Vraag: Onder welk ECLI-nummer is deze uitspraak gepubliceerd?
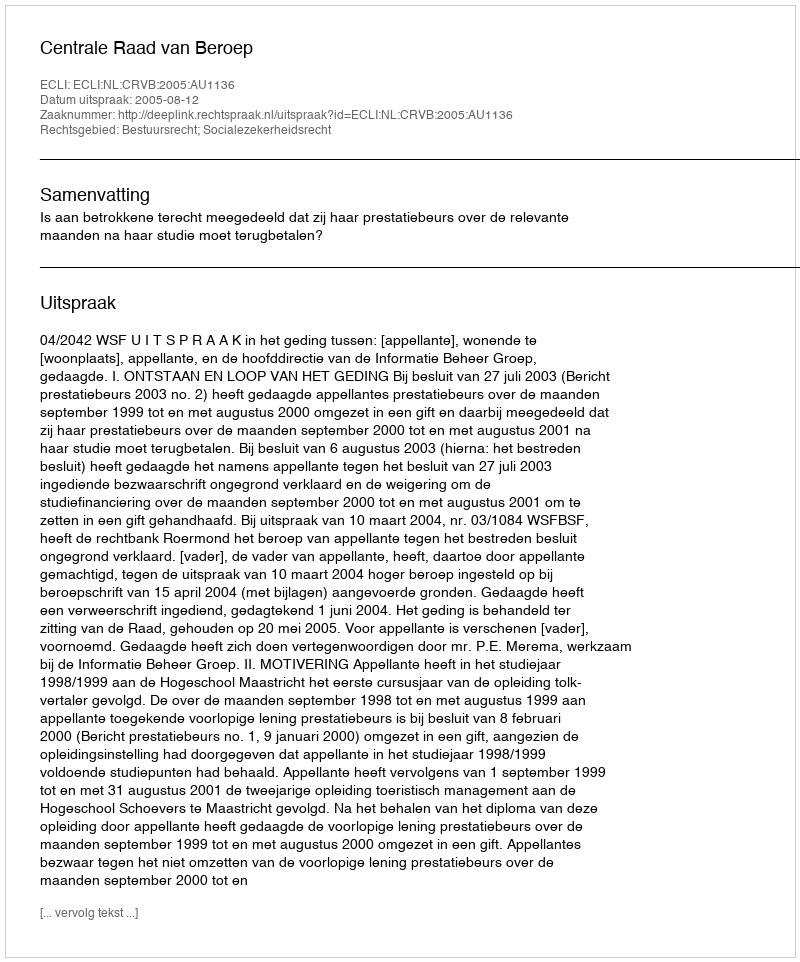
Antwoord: ECLI:NL:CRVB:2005:AU1136